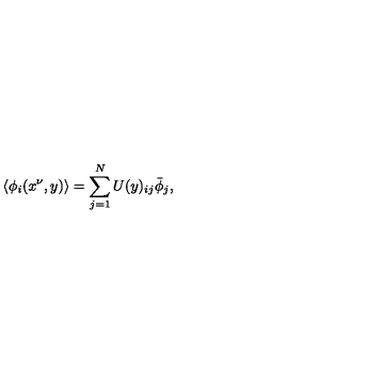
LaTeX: \langle \phi _ { i } ( x ^ { \nu } , y ) \rangle = \sum _ { j = 1 } ^ { N } U ( y ) _ { i j } \bar { \phi } _ { j } ,